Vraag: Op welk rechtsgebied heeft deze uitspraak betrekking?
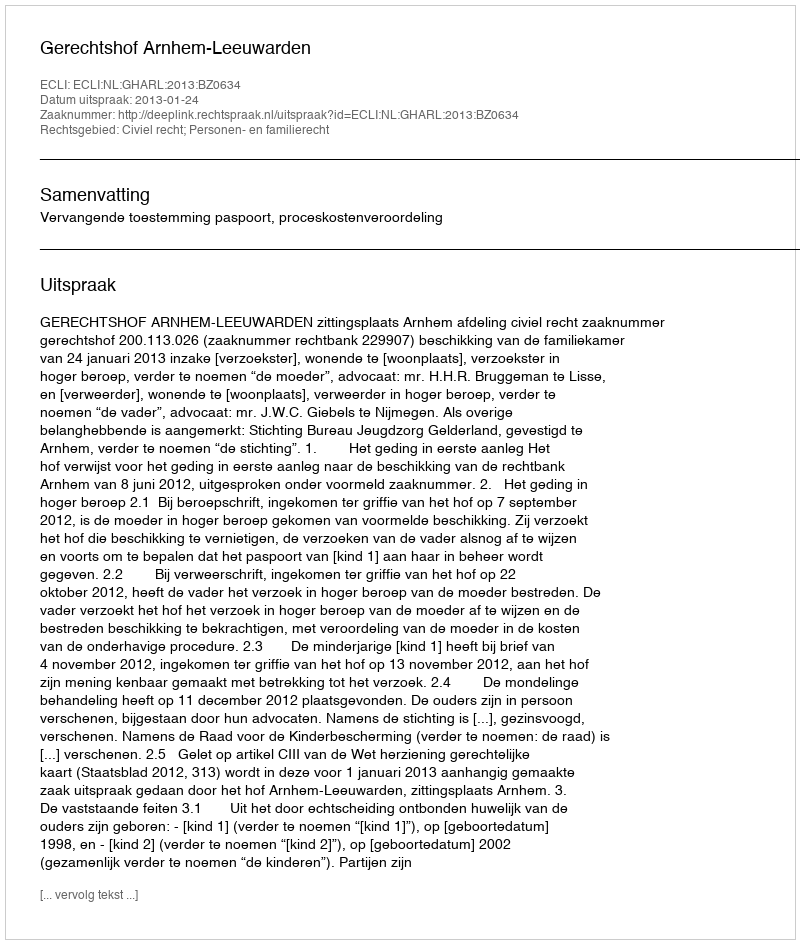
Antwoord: Civiel recht; Personen- en familierecht